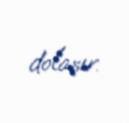
dolaşır.